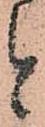
と